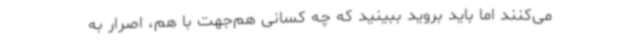
می‌کنند اما باید بروید ببینید که چه کسانی هم‌جهت با هم، اصرار به